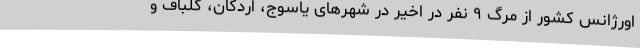
اورژانس کشور از مرگ ۹ نفر در اخیر در شهرهای یاسوج، اردکان، گلباف و